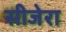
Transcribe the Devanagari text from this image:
सीजेरा